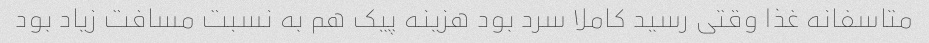
متاسفانه غذا وقتی رسید کاملا سرد بود هزینه پیک هم به نسبت مسافت زیاد بود